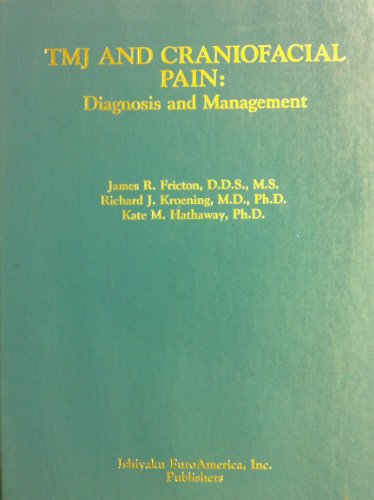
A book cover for Tmj and Craniofacial Pain: Diagnosis and Management; James R. Friction; Medical Books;